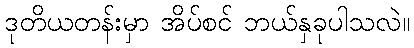
ဒုတိယတန်းမှာ အိပ်စင် ဘယ်နှခုပါသလဲ။